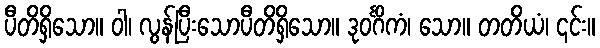
ပီတိရှိသော။ ဝါ၊ လွန်ပြီးသောပီတိရှိသော။ ဒုဝင်္ဂိကံ၊ သော။ တတိယံ၊ ၎င်း။